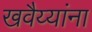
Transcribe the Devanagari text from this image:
खवैय्यांना